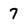
Character: 7